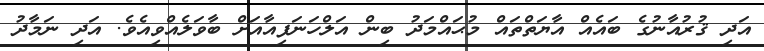
އަދި ޤުރުއާނުގެ ބައެއް އާޔަތްތައް މުޙައްމަދު ބިން އަލްހަނަފިއާއަށް ބާވަލެއްވިއެވެ. އަދި ނަމާދު